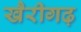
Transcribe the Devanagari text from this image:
खैरीगढ़